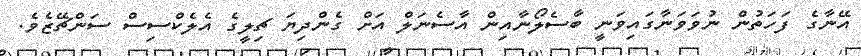
އޭނާގެ ފަހަތުން ނުވަވަނާގައިވަނީ ބާސެލޯނާއިން އާސެނަލް އަށް ގެންދިޔަ ޗިލީގެ އެލެކްސިސް ސަންޗޭޒެވެ.